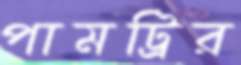
পামট্রির